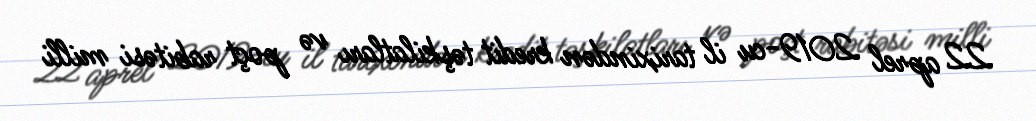
22 aprel 2019-cu il tarixindən kredit təşkilatları və poçt rabitəsi milli